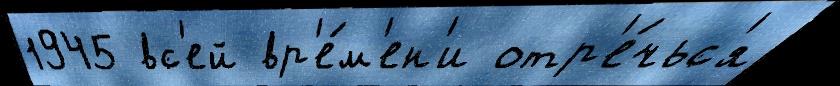
1945 вс'ей вр'е́м'ен'и отр'е́чьс'я